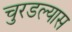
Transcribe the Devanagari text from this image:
चुरडल्यास